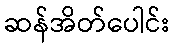
ဆန်အိတ်ပေါင်း